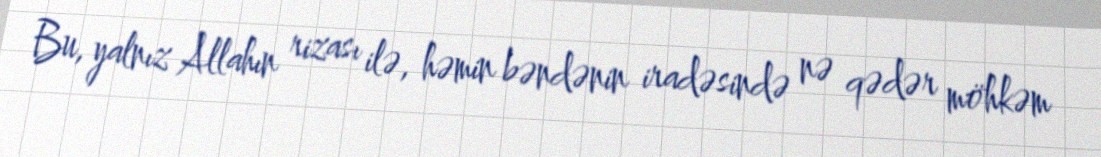
Bu, yalnız Allahın rizası ilə, həmin bəndənin iradəsində nə qədər möhkəm